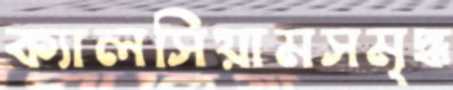
ক্যালসিয়ামসমৃদ্ধ